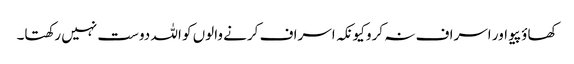
کھاؤ پیو اور اسراف نہ کرو کیونکہ اسراف کرنے والوں کو اللہ دوست نہیں رکھتا۔